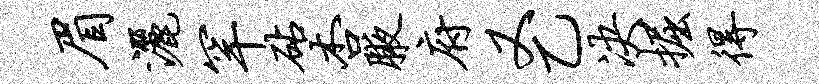
眉洒罕砧杏腋府又乙决掘得